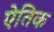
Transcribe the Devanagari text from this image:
ऐतिक